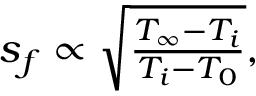
\begin{array} { r } { s _ { f } \propto \sqrt { \frac { T _ { \infty } - T _ { i } } { T _ { i } - T _ { 0 } } } , } \end{array}